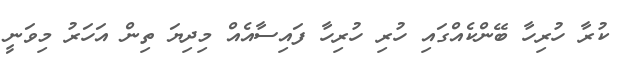
ކުރާ ހުރިހާ ބޭންކެއްގައި ހުރި ހުރިހާ ފައިސާއެއް މިދިޔަ ތިން އަހަރު މިވަނީ